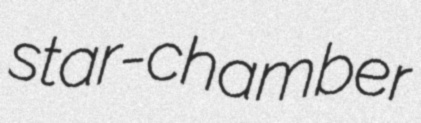
star-chamber